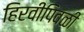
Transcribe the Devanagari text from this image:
हिरवीपिवळी